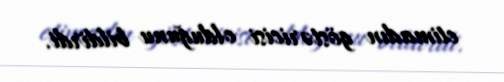
etimadın göstəricisi olduğunu bildirdi.